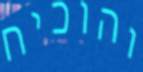
והוכיח